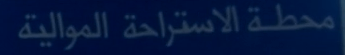
محطة الاستراحة الموالية